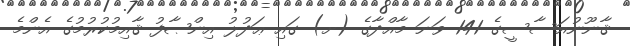
ޤާނޫނުއަސާސީގެ 141 ވަނަ މާއްދާގެ (ށ) ގައި ޢަދުލު އިންޞާފު ޤާއިމުކުރުމުގެ އެންމެ